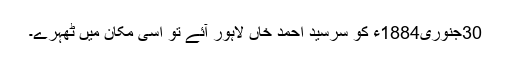
30جنوری1884ء کو سرسید احمد خاںؒ لاہور آئے تو اسی مکان میں ٹھہرے۔